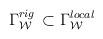
LaTeX: \begin{align*}\Gamma_{\cal W}^{rig} \, \subset \Gamma_{\cal W}^{local}\end{align*}